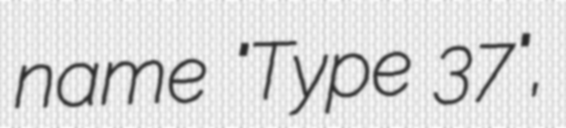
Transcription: name "Type 37",